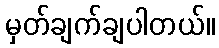
မှတ်ချက်ချပါတယ်။